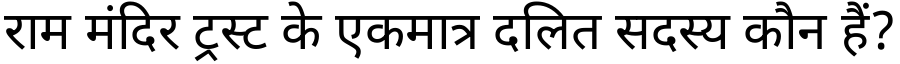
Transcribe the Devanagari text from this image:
राम मंदिर ट्रस्ट के एकमात्र दलित सदस्य कौन हैं?